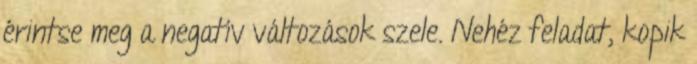
érintse meg a negatív változások szele. Nehéz feladat, kopik